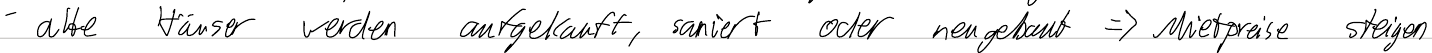
- alte Häuser werden aufgekauft, saniert oder neugebaut => Mietpreise steigen